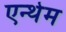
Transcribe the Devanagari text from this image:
एन्थेम